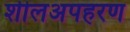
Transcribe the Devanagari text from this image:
शीलअपहरण